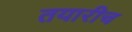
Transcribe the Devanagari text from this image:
तयारीच